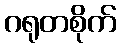
ဂရုတစိုက်